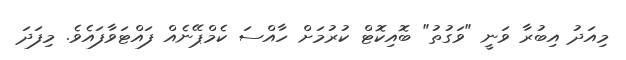
މިއަދު އިބުރާ ވަނީ "ވަގުތު" ބޮއިކޮޓް ކުރުމަށް ހާއްސަ ކެމްޕޭނެއް ފައްޓަވާފައެވެ. މިފަދަ